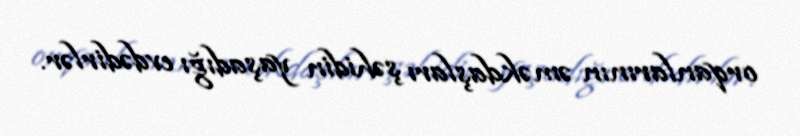
orqanlarının əməkdaşları şəhidin yaşadığı evdədirlər.